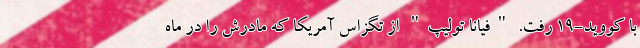
با کووید-19 رفت. "فیانا تولیپ" از تگزاس آمریکا که مادرش را در ماه